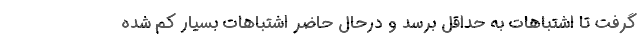
گرفت تا اشتباهات به حداقل برسد و درحال حاضر اشتباهات بسیار کم شده